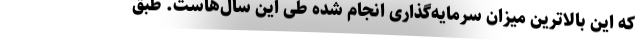
که این بالاترین میزان سرمایه‌گذاری انجام شده طی این سال‌هاست. طبق